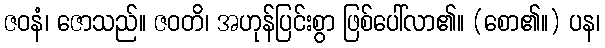
ဇဝနံ၊ ဇောသည်။ ဇဝတိ၊ အဟုန်ပြင်းစွာ ဖြစ်ပေါ်လာ၏။ (စော၏။) ပန၊